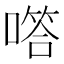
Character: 㗳